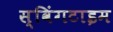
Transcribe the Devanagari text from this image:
स्विंगटाइम